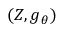
( Z , g _ { \boldsymbol { \theta } } )